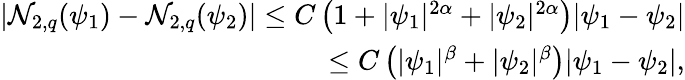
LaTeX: \begin{array}{r}{\left|\mathcal{N}_{2,q}(\psi_{1})-\mathcal{N}_{2,q}(\psi_{2})\right|\leq C\left(1+|\psi_{1}|^{2\alpha}+|\psi_{2}|^{2\alpha}\right)|\psi_{1}-\psi_{2}|}\\ {\leq C\left(|\psi_{1}|^{\beta}+|\psi_{2}|^{\beta}\right)|\psi_{1}-\psi_{2}|,}\end{array}